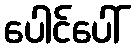
ပေါင်ပေါ်